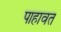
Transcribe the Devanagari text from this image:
पाहावत